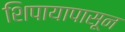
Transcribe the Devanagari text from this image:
शिपायापासून